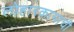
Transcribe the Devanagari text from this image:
लोहारकामाची